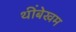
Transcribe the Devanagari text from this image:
थींबेखम